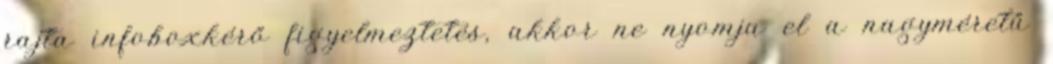
rajta infoboxkérő figyelmeztetés, akkor ne nyomja el a nagyméretű